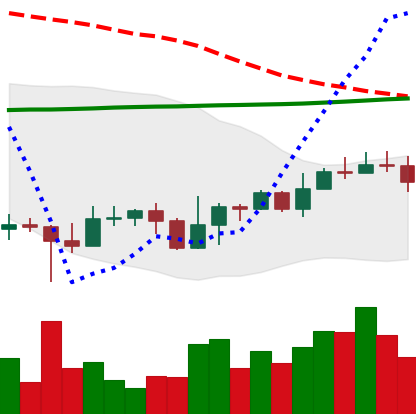
Ticker: EOS-USD
Chart end date: 2022-10-30
Forward return: 7.662%
Label: up_7plus